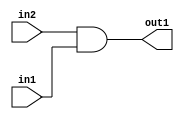
`timescale 1ps / 1ps
/*****************************************************************************
    Verilog RTL Description
    
    
    Created by: Stratus DpOpt 21.05.01 
*******************************************************************************/

module dut_And_1Ux1U_1U_1 (
	in2,
	in1,
	out1
	); /* architecture "behavioural" */ 
input  in2,
	in1;
output  out1;
wire  asc001;

assign asc001 = 
	(in2)
	&(in1);

assign out1 = asc001;
endmodule

/* CADENCE  urf5SAE= : u9/ySxbfrwZIxEzHVQQV8Q== ** DO NOT EDIT THIS LINE ******/